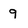
Character: 9